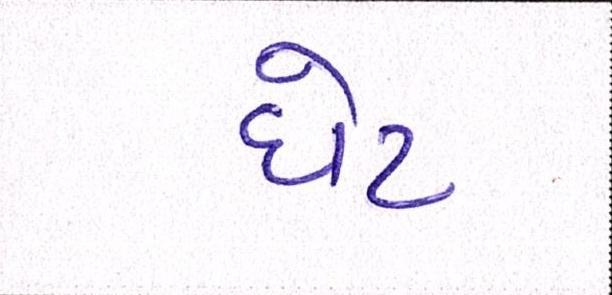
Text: ધેટ